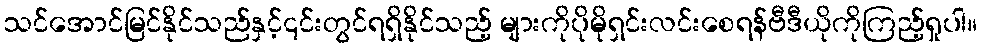
သင်အောင်မြင်နိုင်သည်နှင့်၎င်းတွင်ရရှိနိုင်သည့် များကိုပိုမိုရှင်းလင်းစေရန်ဗီဒီယိုကိုကြည့်ရှုပါ။